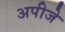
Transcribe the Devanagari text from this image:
अपीजे